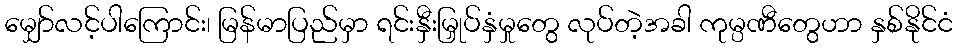
မျှော်လင့်ပါကြောင်း၊ မြန်မာပြည်မှာ ရင်းနှီးမြှုပ်နှံမှုတွေ လုပ်တဲ့အခါ ကုမ္ပဏီတွေဟာ နှစ်နိုင်ငံ